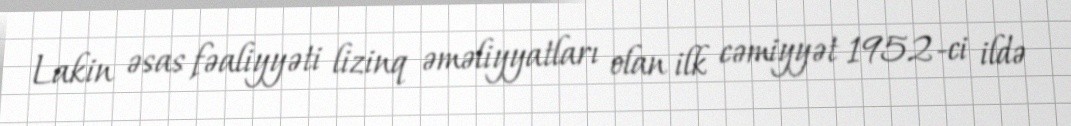
Lakin əsas fəaliyyəti lizinq əməliyyatları olan ilk cəmiyyət 1952-ci ildə